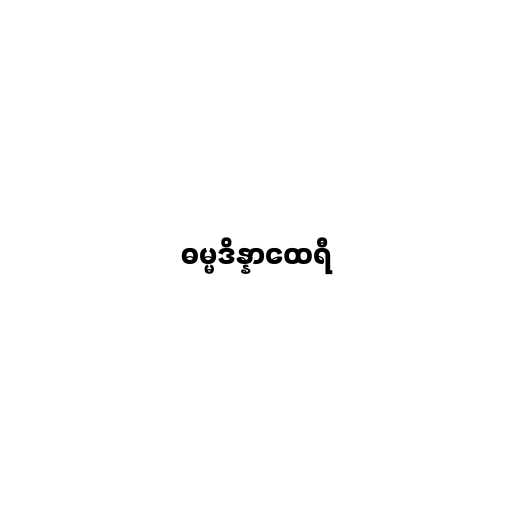
ဓမ္မဒိန္နာထေရီ